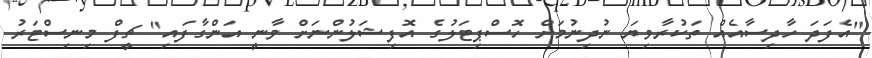
"އެފަދަ ހާދިސާއެއް ތަކުރާވިޔަ ނުދިނުމަށް ހޮސްޕިޓަލުގެ އޮފިޝަލުންނަށް ވާނީ އަންގާފައި" ޗީފް މިނިސްޓަރު